Burma Government Medical School reports 1907-22
Year: 1907
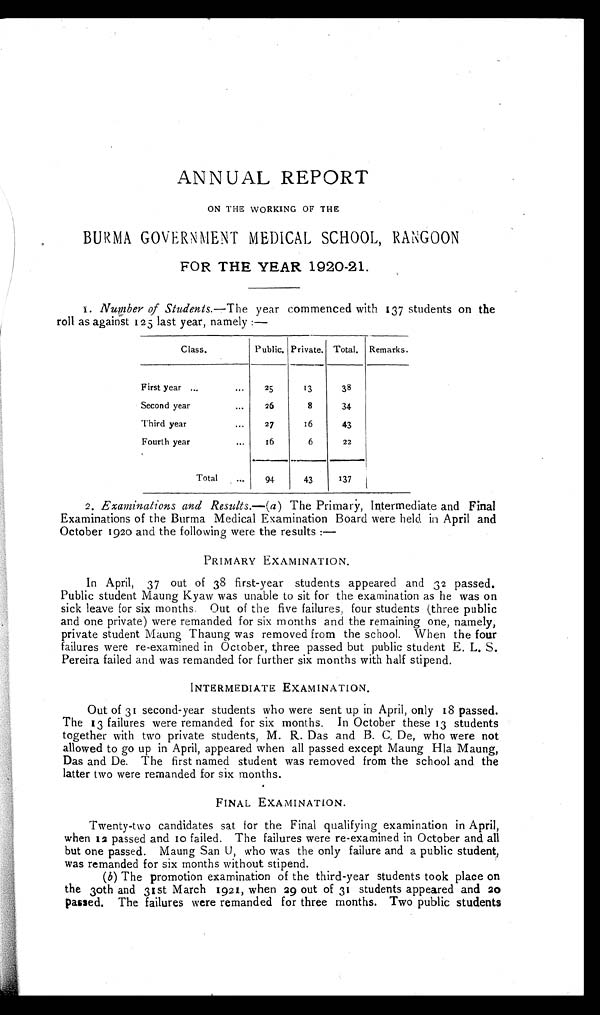
ANNUAL REPORT
ON THE WORKING OF THE
BURMA GOVERNMENT MEDICAL SCHOOL, RANGOON
FOR THE YEAR 1920-21.
1.
Number of Students.—The year commenced with 137 students on the
roll as against 125 last year, namely:—
Class.
Public. Private. Total. Remarks.
First year . . .
25
13
38
Second year . . .
26
8
34
Third year . . .
27
16
43
Fourth year . . .
16
6
22
Total . . .
94
43
137
2. Examinations and Results.—( a ) The Primary, Intermediate and Final
Examinations of the Burma Medical Examination Board were held in April and
October 1920 and the following were the results : —
PRIMARY EXAMINATION.
In April, 37 out of 38 first-year students appeared and 32 passed.
Public student Maung Kyaw was unable to sit for the examination as he was on
sick leave for six months. Out of the five failures, four students (three public
and one private) were remanded for six months and the remaining one, namely,
private student Maung Thaung was removed from the school. When the four
failures were re-examined in October, three passed but public student E. L. S.
Pereira failed and was remanded for further six months with half stipend.
INTERMEDIATE EXAMINATION.
Out of 31 second-year students who were sent up in April, only 18 passed.
The 13 failures were remanded for six months. In October these 13 students
together with two private students, M. R. Das and B. C. De, who were not
allowed to go up in April, appeared when all passed except Maung Hla Maung,
Das and De. The first named student was removed from the school and the
latter two were remanded for six months.
FINAL EXAMINATION.
Twenty-two candidates sat for the Final qualifying examination in April,
when 12 passed and Io failed. The failures were re-examined in October and all
but one passed. Maung San U, who was the only failure and a public student,
was remanded for six months without stipend.
( b) The promotion examination of the third-year students took place on
the 3oth and 31st March 1921, when 29 out of 31 students appeared and 20
passed. The failures were remanded for three months. Two public students